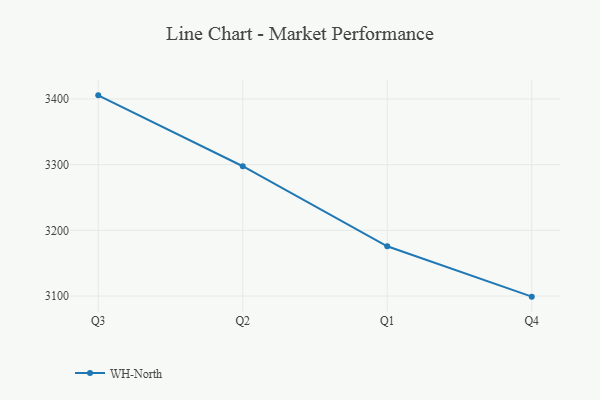
{"axis": {"x": "Quarter", "y": "Latency (ms)"}, "legend": ["WH-North"], "data": [{"x": "Q3", "y": 3405.5, "type": "WH-North"}, {"x": "Q2", "y": 3297.6, "type": "WH-North"}, {"x": "Q1", "y": 3175.8, "type": "WH-North"}, {"x": "Q4", "y": 3099.1, "type": "WH-North"}]}